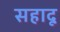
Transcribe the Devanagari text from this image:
सहादू